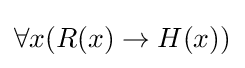
\forall x(R(x)\to H(x))